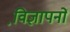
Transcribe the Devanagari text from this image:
वि़ज्ञापनों